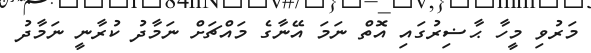
މަރުވި މީހާ ޙާޟިރުގައި އޮތް ނަމަ އޭނާގެ މައްޗަށް ނަމާދު ކުރާނީ ނަމާދު